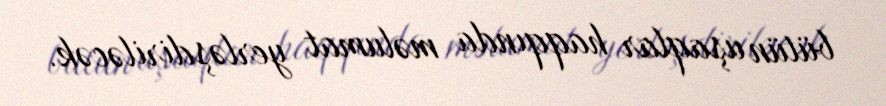
bütün uşaqlar haqqında məlumat yerləşdiriləcək.